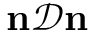
\mathbf { n } \mathcal { D } \mathbf { n }